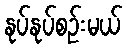
နုပ်နုပ်စဉ်းမယ်